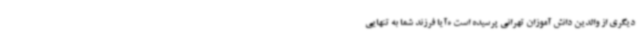
دیگری از والدین دانش آموزان تهرانی پرسیده است «آیا فرزند شما به تنهایی